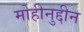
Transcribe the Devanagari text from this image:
मोहीनुद्दीन